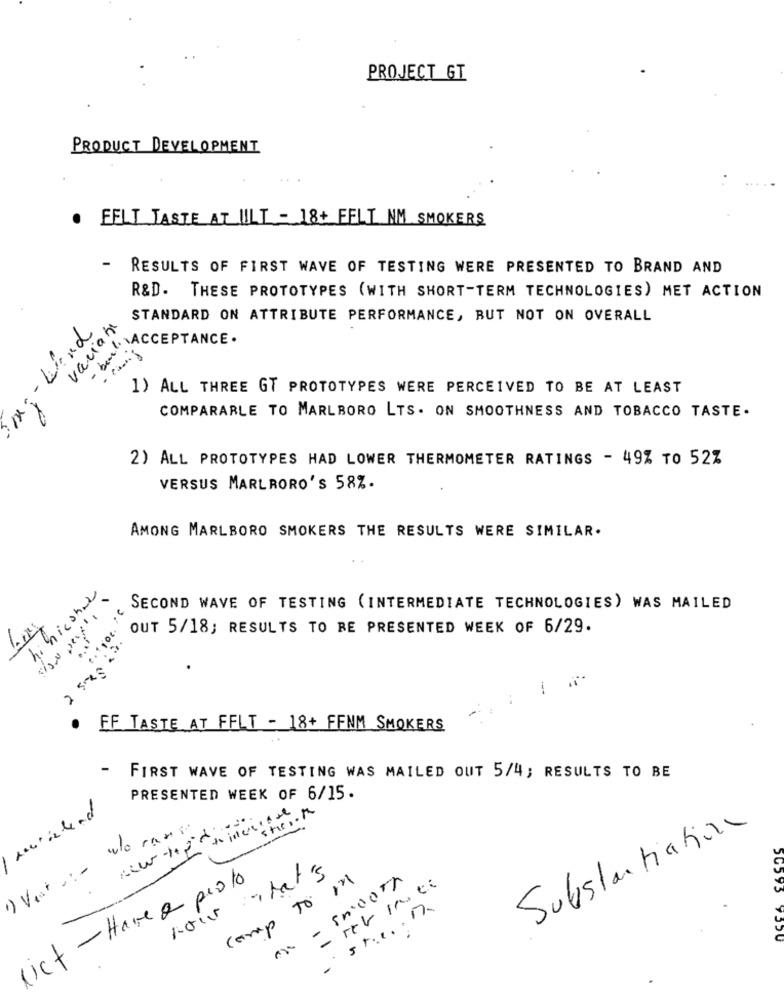
PROJECT GT
PRODUCT DEVELOPMENT
. FELT TASTE AT ULT - 18+ FELT NM SMOKERS
-
RESULTS OF FIRST WAVE OF TESTING WERE PRESENTED TO BRAND AND
R&D. THESE PROTOTYPES (WITH SHORT-TERM TECHNOLOGIES) MET ACTION
variant
STANDARD ON ATTRIBUTE PERFORMANCE, BUT NOT ON OVERALL
i-kind
bene!" ACCEPTANCE.
. .....
1) ALL THREE GT PROTOTYPES WERE PERCEIVED TO BE AT LEAST
COMPARARLE TO MARLBORO LTS. ON SMOOTHNESS AND TOBACCO TASTE.
2) ALL PROTOTYPES HAD LOWER THERMOMETER RATINGS - 49% TO 52%
VERSUS MARLBORO'S 58%.
AMONG MARLBORO SMOKERS THE RESULTS WERE SIMILAR.
hinico
SECOND WAVE OF TESTING (INTERMEDIATE TECHNOLOGIES) WAS MAILED
OUT 5/18; RESULTS TO BE PRESENTED WEEK OF 6/29.
-
. FF TASTE AT FELT - 18+ FFNM SMOKERS
-
FIRST WAVE OF TESTING WAS MAILED OUT 5/4; RESULTS TO BE
PRESENTED WEEK OF 6/15.
stier . M
Substantiation
who cares
1) Vent .: -
Foivitat's
rict -Have a proto
camp To in
- indor
50595
st.c.m.